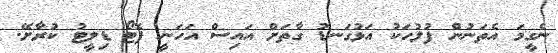
ނެގީމަ އެތަނުން ފުލުހަކު އަޅުގަނޑު ގާތަށް އައިސް އަހަނީ ފޮޓޯ ޑިލީޓު ކުރާށޭ.